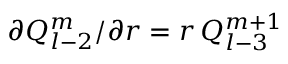
\partial Q _ { l - 2 } ^ { m } / \partial r = r \, Q _ { l - 3 } ^ { m + 1 }